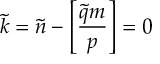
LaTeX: \tilde { k } = \tilde { n } - \left[ { \frac { \tilde { q } m } { p } } \right] = 0